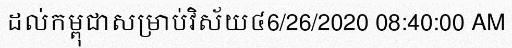
ដល់កម្ពុជាសម្រាប់វិស័យ៤6/26/2020 08:40:00 AM